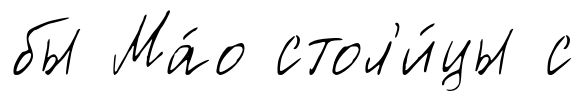
бы Ма́о стол'и́цы с